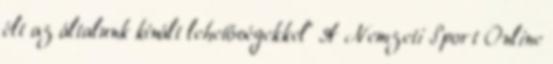
élt az általunk kínált lehetőségekkel” A Nemzeti Sport Online